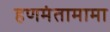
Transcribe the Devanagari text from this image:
हणमंतामामा